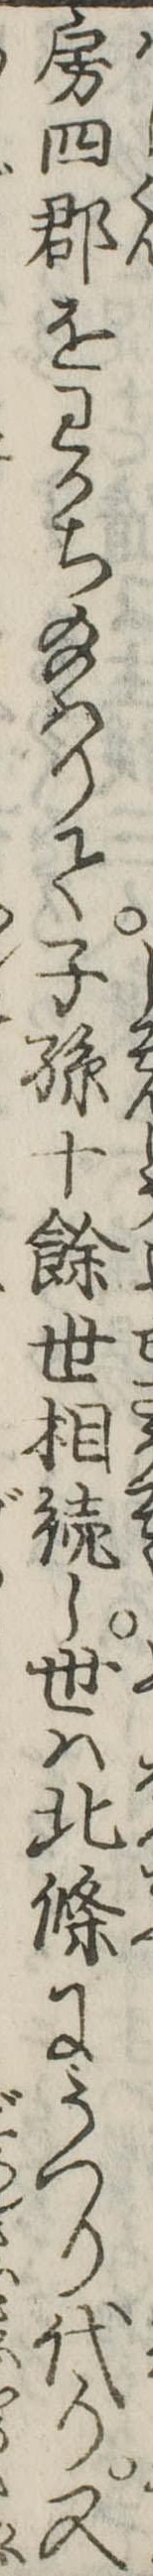
房四郡をわかち給はりて子孫十余世相続し世は北条にうつり代り又